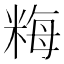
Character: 䊈